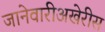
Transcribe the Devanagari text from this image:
जानेवारीअखेरीस